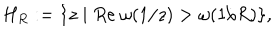
H _ { R } : = \{ z \mid R e \ \omega ( 1 / z ) > \omega ( 1 / R ) \} ,